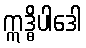
ဣဒ္ဓိပါဒေါ